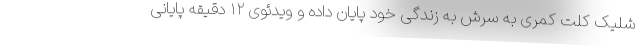
شلیک کلت کمری به سرش به زندگی خود پایان داده و ویدئوی ۱۲ دقیقه پایانی